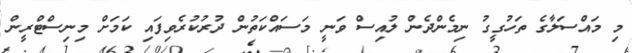
މި މައްސަލާގެ ތަހުގީގު ނިމެންދެން ލުއިސް ވަނީ މަސައްކަތުން ދުރުކުރެވިފައި ކަމަށް މިނިސްޓްރީން